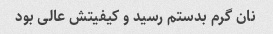
نان گرم بدستم رسید و کیفیتش عالی بود